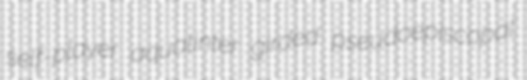
self-player aquatinter girded pseudoepiscopal